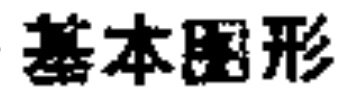
基本图形